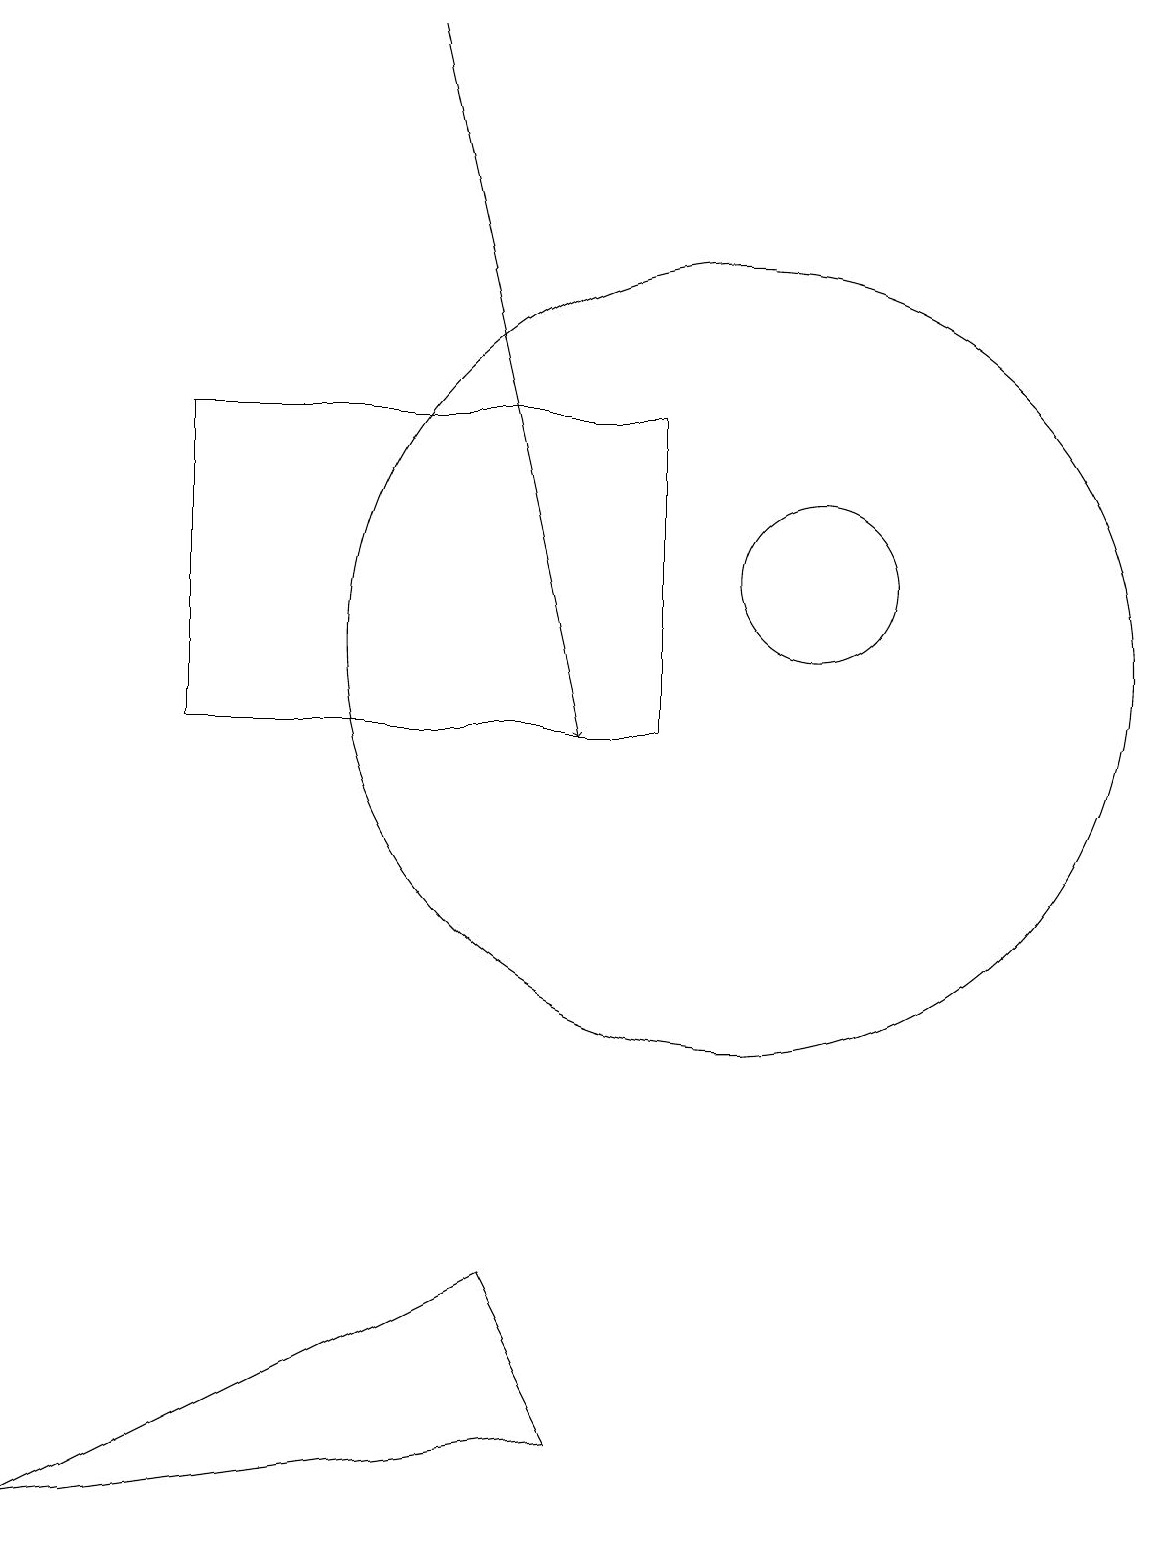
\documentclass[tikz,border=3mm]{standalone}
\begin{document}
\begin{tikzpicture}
\draw (10,11) circle (5);
\draw (9,10) rectangle (3,14);
\draw (10,11) circle (0);
\draw[->] (6,19) -- (8,10);
\draw (7,3) -- (1,0) -- (8,1) -- cycle;
\draw (11,12) circle (1);
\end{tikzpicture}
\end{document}